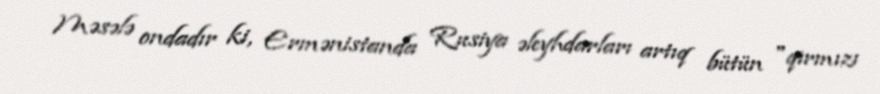
Məsələ ondadır ki, Ermənistanda Rusiya əleyhdarları artıq bütün "qırmızı